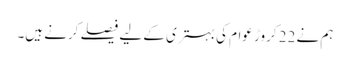
ہم نے 22 کروڑ عوام کی بہتری کے لیے فیصلے کرنے ہیں۔